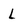
Character: L